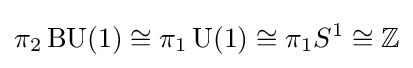
\pi _{2}\operatorname {BU} (1)\cong \pi _{1}\operatorname {U} (1)\cong \pi _{1}S^{1}\cong \mathbb {Z}